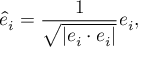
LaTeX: { \hat { e } } _ { i } = { \frac { 1 } { \sqrt { | e _ { i } \cdot e _ { i } | } } } e _ { i } ,